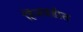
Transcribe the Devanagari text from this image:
हिंजवडीत